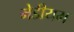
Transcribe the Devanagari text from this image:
मेडीयम